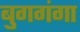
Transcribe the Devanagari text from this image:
बुगगंगा